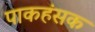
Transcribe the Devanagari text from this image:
पाकहंसक